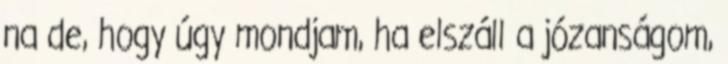
na de, hogy úgy mondjam, ha elszáll a józanságom,